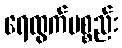
ရေထွက်ပစ္စည်း